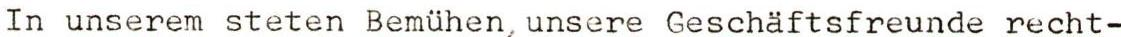
In unserem steten Bemühen,unsere Geschäftsfreunde recht-